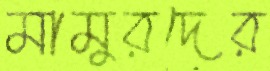
মামুরদের